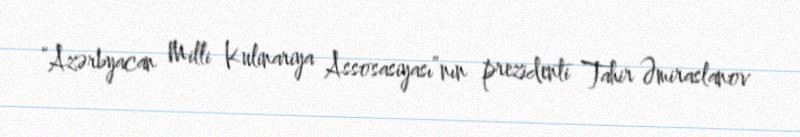
“Azərbyacan Milli Kulinariya Assosasiyası”nın prezidenti Tahir Əmiraslanov